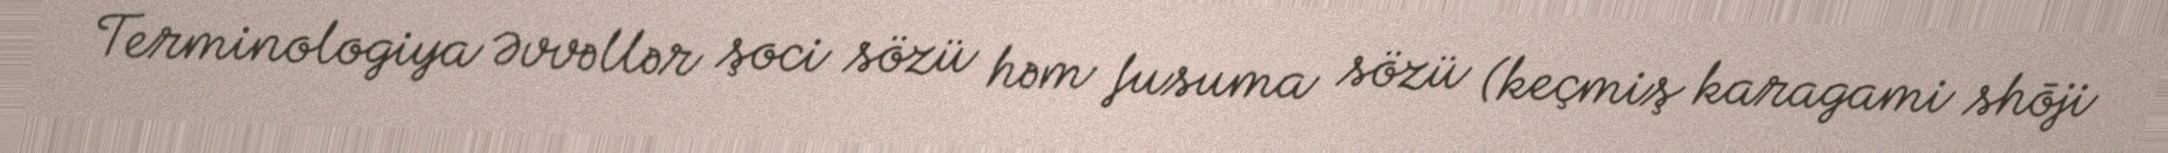
Terminologiya Əvvəllər şoci sözü həm fusuma sözü (keçmiş karagami shōji